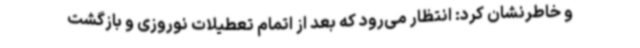
و خاطرنشان کرد: انتظار می‌رود که بعد از اتمام تعطیلات نوروزی و بازگشت